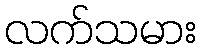
လက်သမား